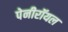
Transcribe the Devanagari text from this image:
पेनीरॉयल